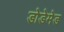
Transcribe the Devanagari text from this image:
डोडेमेड